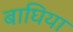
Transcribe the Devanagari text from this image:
बाघिया